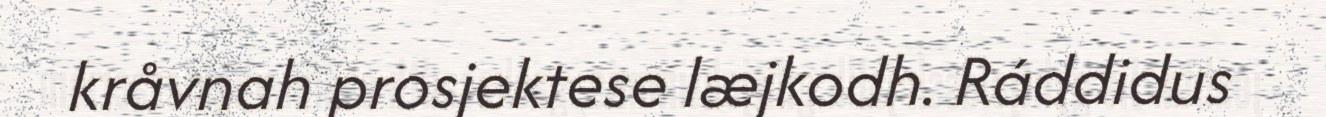
kråvnah prosjektese læjkodh. Ráddidus